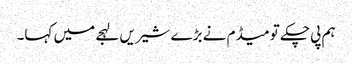
ہم پی چکے تو میڈم نے بڑے شیریں لہجے میں کہا۔